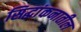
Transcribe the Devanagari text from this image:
सिद्धांकनातील